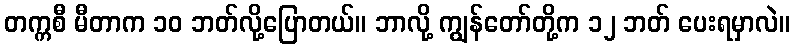
တက္ကစီ မီတာက ၁၀ ဘတ်လို့ပြောတယ်။ ဘာလို့ ကျွန်တော်တို့က ၁၂ ဘတ် ပေးရမှာလဲ။